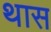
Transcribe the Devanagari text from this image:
थास